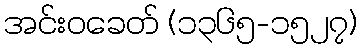
အင်းဝခေတ် (၁၃၆၅-၁၅၂၇)